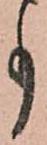
事